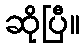
ဆိုပြီ။